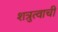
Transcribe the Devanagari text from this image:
शत्रुत्वाची